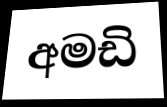
අමඩි